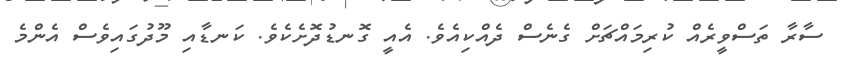
ސާރާ ތަސްވީރެއް ކުރިމައްޗަށް ގެނެސް ދެއްކިއެވެ. އެއީ ގޮނޑުދޮށެކެވެ. ކަނޑާއި މޫދުގައިވެސް އެންމެ